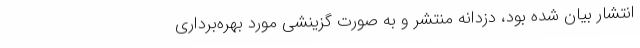
انتشار بیان شده بود، دزدانه منتشر و به صورت گزینشی مورد بهره‌برداری